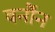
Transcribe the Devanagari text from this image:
वर्नौन